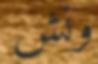
ونش